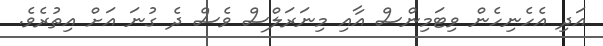
އަދި އެހެނިހެން ވިޓަމިންސް އާއި މިނަރަލްސް ވެސް ދެ ގުނަ އަށް އިތުރެވެ.